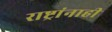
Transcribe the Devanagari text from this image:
राष्ट्रांनाही